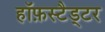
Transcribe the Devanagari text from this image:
हॉफ़स्टैड्टर